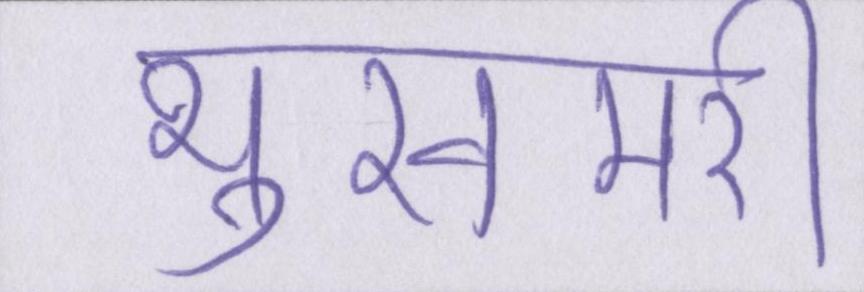
भुखमरी